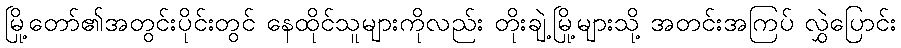
မြို့တော်၏အတွင်းပိုင်းတွင် နေထိုင်သူများကိုလည်း တိုးချဲ့မြို့များသို့ အတင်းအကြပ် လွှဲပြောင်း